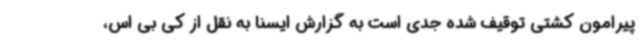
پیرامون کشتی توقیف شده جدی است به گزارش ایسنا به نقل از کی بی اس،